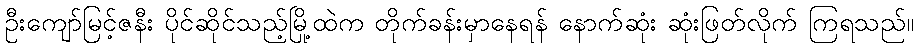
ဦးကျော်မြင့်ဇနီး ပိုင်ဆိုင်သည့်မြို့ထဲက တိုက်ခန်းမှာနေရန် နောက်ဆုံး ဆုံးဖြတ်လိုက် ကြရသည်။